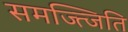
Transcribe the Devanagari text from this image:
समज्त्जिति